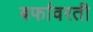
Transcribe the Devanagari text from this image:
बर्फावरती